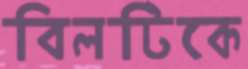
বিলটিকে